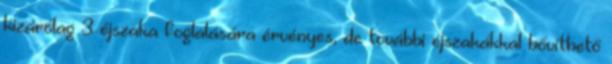
kizárólag 3 éjszaka foglalására érvényes, de további éjszakákkal bővíthető